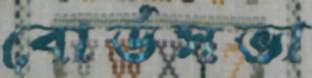
বোর্ডসভা